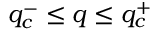
q _ { c } ^ { - } \le q \le q _ { c } ^ { + }